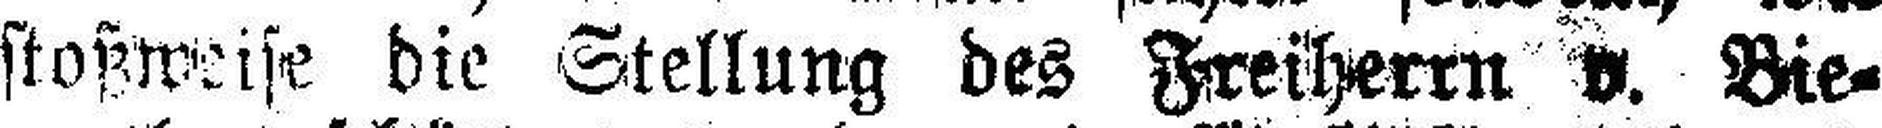
stoßweise die Stellung des Freiherrn v. Bie¬